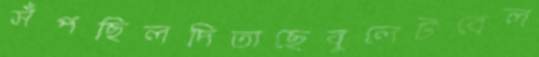
সঁপছিলদিতাছেবুলেটবেল